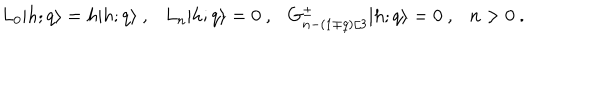
LaTeX: L _ { 0 } \vert { h ; q } \rangle = h \vert { h ; q } \rangle { } ~ , { } ~ { } ~ { } ~ L _ { n } \vert { h ; q } \rangle = 0 { } ~ , { } ~ { } ~ { } ~ G _ { n - ( 1 \mp q ) / 3 } ^ { \pm } \vert { h ; q } \rangle = 0 { } ~ , { } ~ { } ~ { } ~ n > 0 { } ~ .